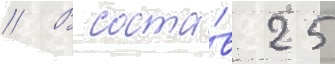
// В соста́в 25